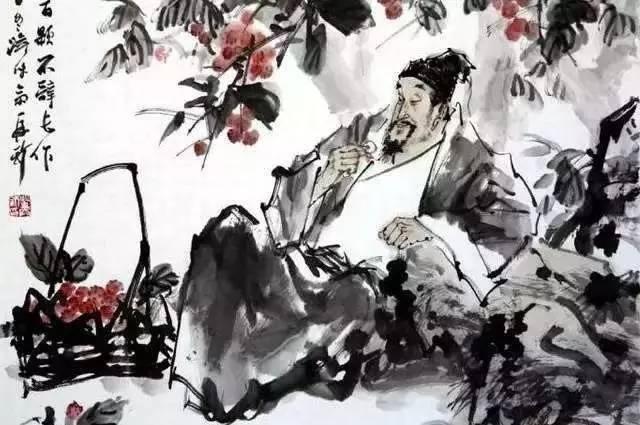
日啖荔枝三百颗，不辞长作岭南人。